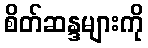
စိတ်ဆန္ဒများကို